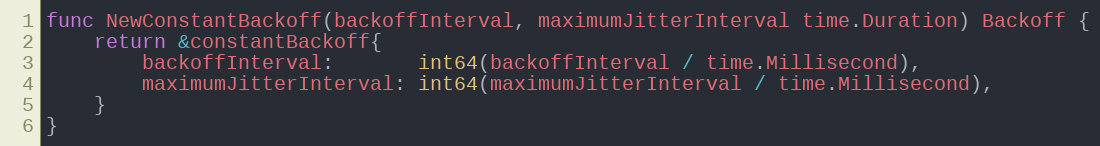
Language: Go
func NewConstantBackoff(backoffInterval, maximumJitterInterval time.Duration) Backoff {
	return &constantBackoff{
		backoffInterval:       int64(backoffInterval / time.Millisecond),
		maximumJitterInterval: int64(maximumJitterInterval / time.Millisecond),
	}
}